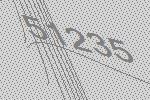
51235